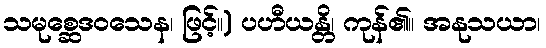
သမုစ္ဆေဒဝသေန၊ ဖြင့်။) ပဟီယန္တိ၊ ကုန်၏။ အနုသယာ၊